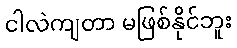
ငါလဲကျတာ မဖြစ်နိုင်ဘူး